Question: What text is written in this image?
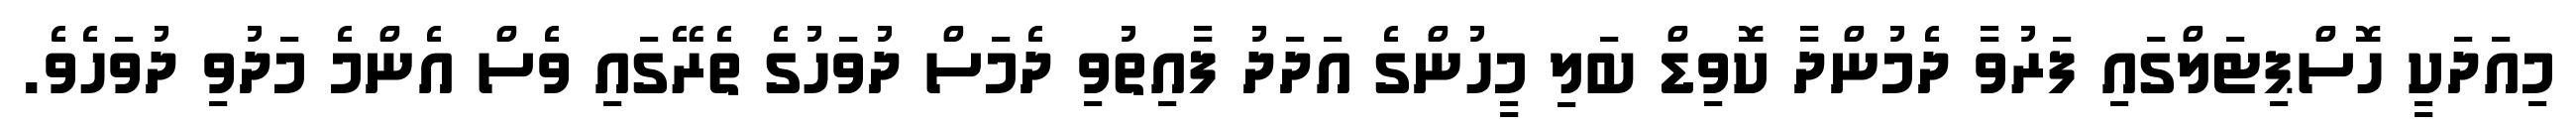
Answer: މިއަދަކީ ހޮސްޕިޓަލްގައި ފަރުވާ ދެމުންދާ ކޮވިޑް ބަލި މީހުންގެ އަދަދު ފާއިތުވި ދެމަސް ދުވަހުގެ ތެރޭގައި ވެސް އެންމެ މަދުވި ދުވަހެވެ.